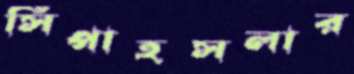
সিপাহসলার